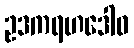
ဥဒကရဟဒေါဝ